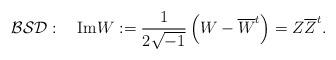
LaTeX: \begin{align*}\mathcal{BSD}:\quad\mbox{Im}W:=\frac{1}{2\sqrt{-1}}\left(W-\overline{W}^{t}\right)=Z\overline{Z}^{t}.\end{align*}